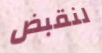
لنقبض